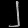
Digit: ၂